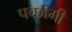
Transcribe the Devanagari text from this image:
पच्छीमी